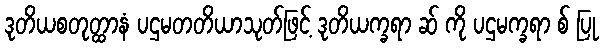
ဒုတိယစတုတ္ထာနံ ပဌမတတိယာသုတ်ဖြင့် ဒုတိယက္ခရာ ဆ် ကို ပဌမက္ခရာ စ် ပြု